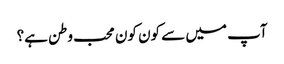
آپ میں سے کون کون محب وطن ہے؟